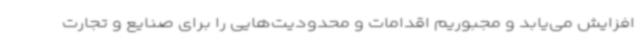
افزایش می‌یابد و مجبوریم اقدامات و محدودیت‌هایی را برای صنایع و تجارت